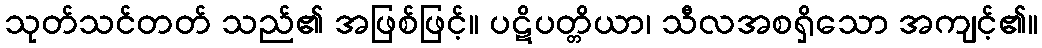
သုတ်သင်တတ် သည်၏ အဖြစ်ဖြင့်။ ပဋိပတ္တိယာ၊ သီလအစရှိသော အကျင့်၏။